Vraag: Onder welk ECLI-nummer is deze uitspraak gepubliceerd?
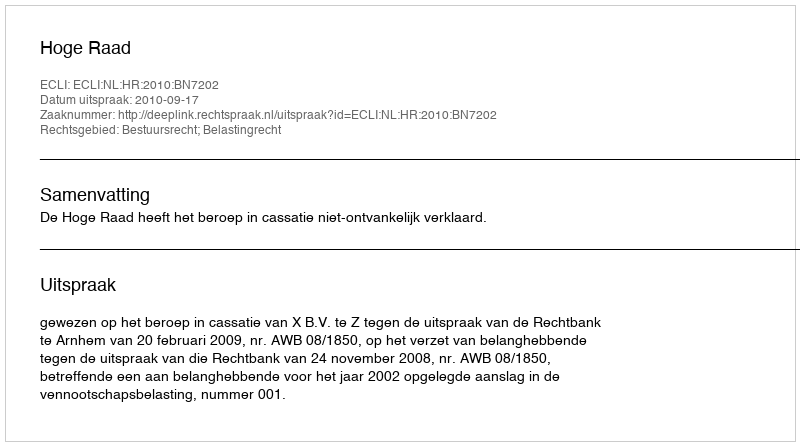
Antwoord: ECLI:NL:HR:2010:BN7202